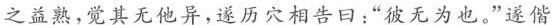
之益熟，觉其无他异，遂历穴相告曰：”彼无为也。”遂偕